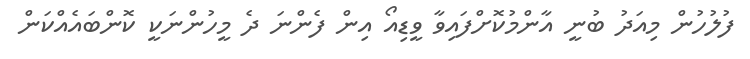
ފުލުހުން މިއަދު ބުނީ އާންމުކޮށްފައިވާ ވީޑިއޯ އިން ފެންނަ ދެ މީހުންނަކީ ކޮންބައެއްކަން